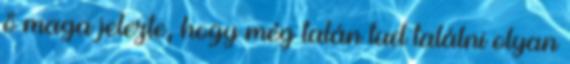
ő maga jelezte, hogy még talán tud találni olyan